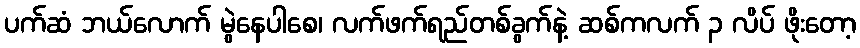
ပက်ဆံ ဘယ်လောက် မွဲနေပါစေ၊ လက်ဖက်ရည်တစ်ခွက်နဲ့ ဆစ်ကလက် ၃ လိပ် ဖိုးတော့